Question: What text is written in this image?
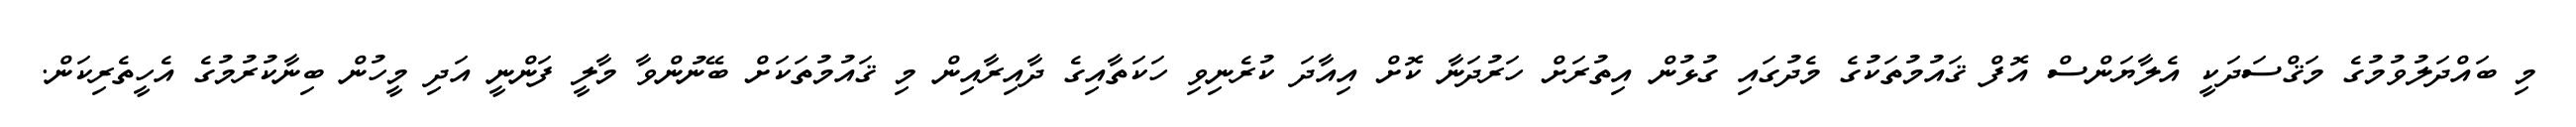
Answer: މި ބައްދަލުވުމުގެ މަޤްސަދަކީ އެލާޔަންސް އޮފް ޤައުމުތަކުގެ މެދުގައި ގުޅުން އިތުރަށް ހަރުދަނާ ކޮށް އިއާދަ ކުރެނިވި ހަކަތާއިގެ ދާއިރާއިން މި ޤައުމުތަކަށް ބޭނުންވާ މާލީ ފަންނީ އަދި މީހުން ބިނާކުރުމުގެ އެހީތެރިކަން.